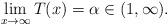
LaTeX: \begin{align*}\lim_{x\rightarrow \infty}T(x)=\alpha\in (1, \infty).\end{align*}